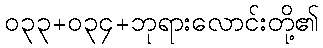
၀၃၃+၀၃၄+ဘုရားလောင်းတို့၏